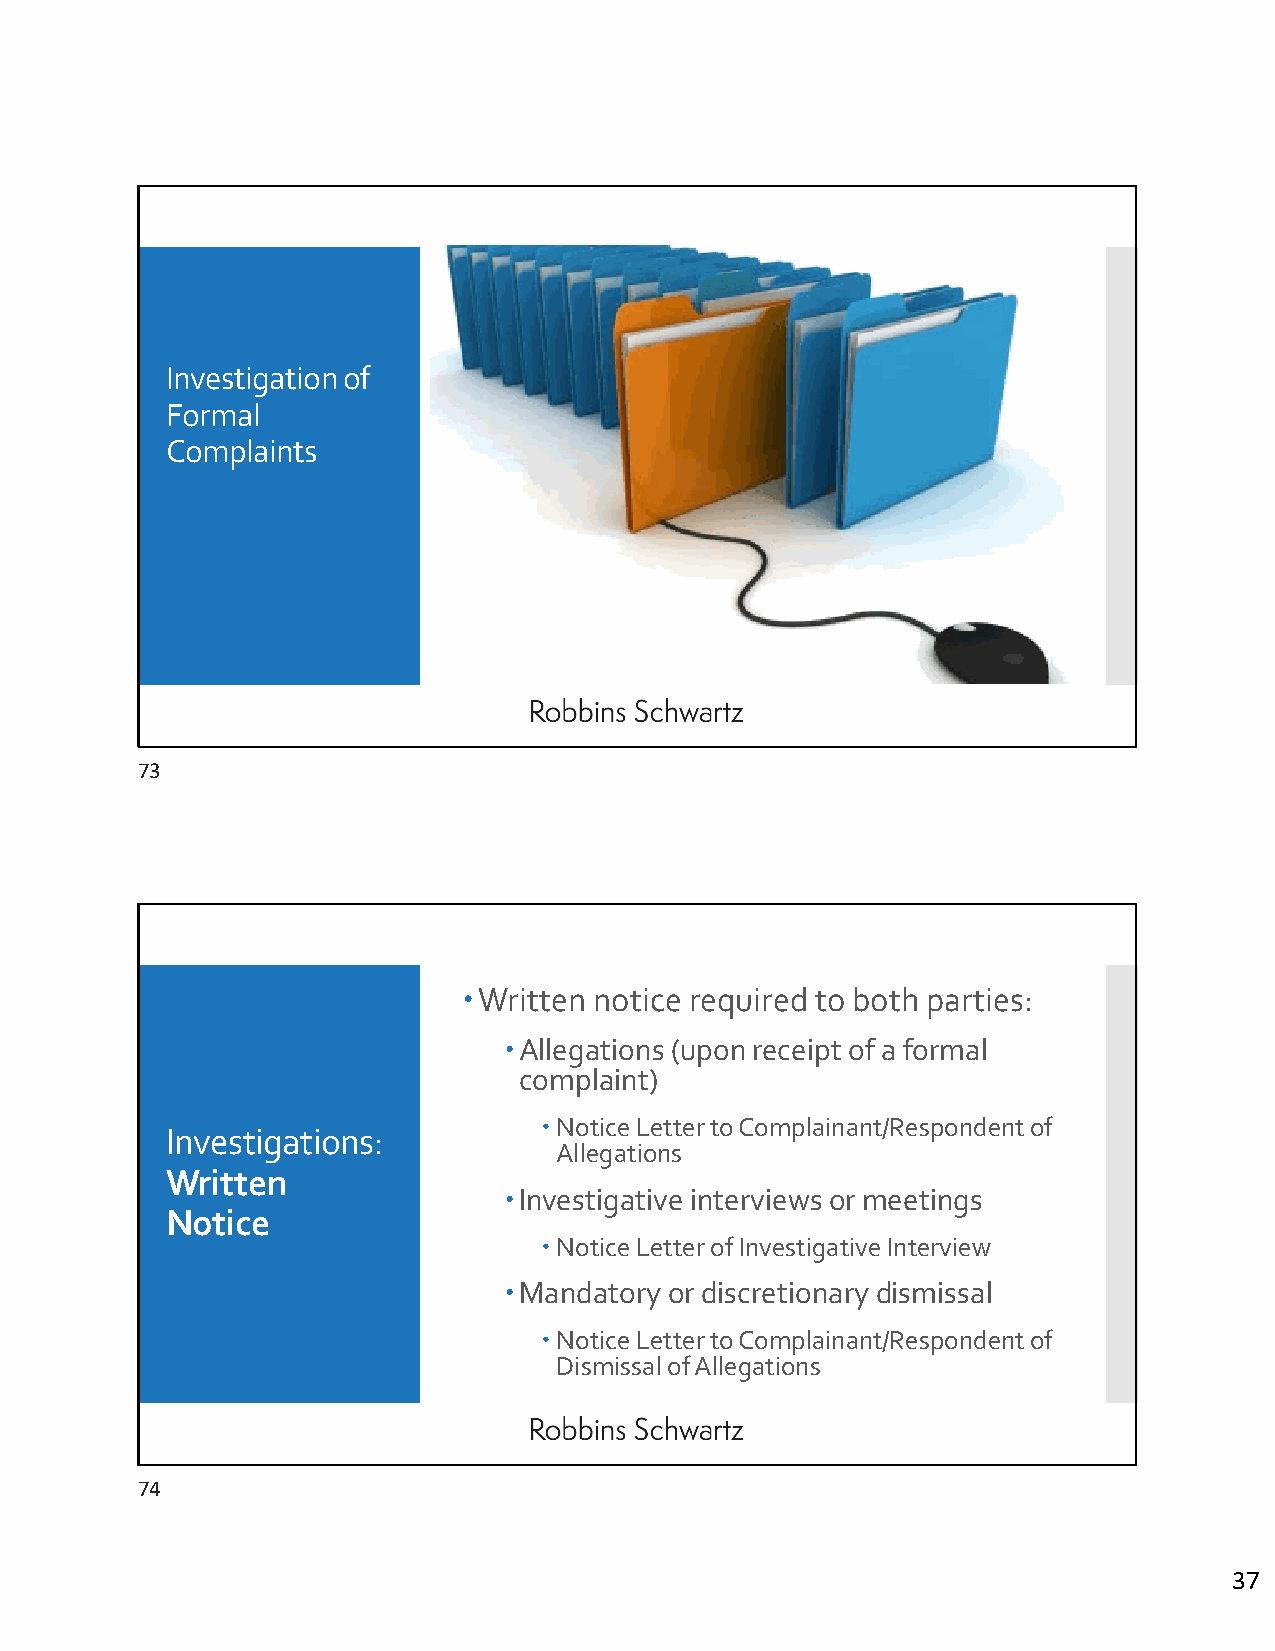
Investigation of
 Formal
 Complaints
 73
 Written notice required to both parties:
 Allegations (upon receipt of a formal
 complaint)
 Notice Letter to Complainant/Respondent of
 Investigations:
 Allegations
 Written
 Investigative interviews or meetings
 Notice
 Notice Letter of Investigative Interview
 Mandatory or discretionary dismissal
 Notice Letter to Complainant/Respondent of
 Dismissal of Allegations
 74
 37